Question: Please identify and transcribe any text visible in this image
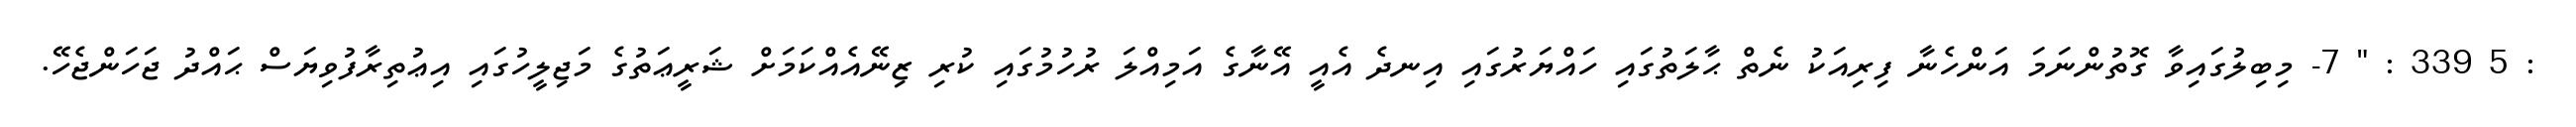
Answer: : 5 339 : " 7- މިބިލުގައިވާ ގޮތުންނަމަ އަންހެނާ ފިރިއަކު ނެތް ޙާލަތުގައި ހައްޔަރުގައި އިނދެ އެއީ އޭނާގެ އަމިއްލަ ރުހުމުގައި ކުރި ޒިނޭއެއްކަމަށް ޝަރީޢަތުގެ މަޖިލީހުގައި އިޢުތިރާފުވިޔަސް ޙައްދު ޖަހަންޖެހޭ.